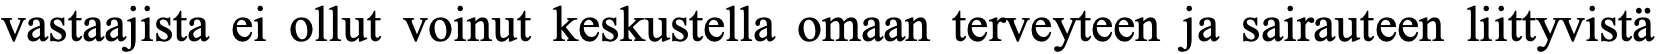
vastaajista ei ollut voinut keskustella omaan terveyteen ja sairauteen liittyvistä